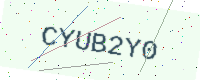
Text: CYUB2Y0